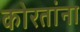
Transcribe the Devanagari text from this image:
कोरतांना